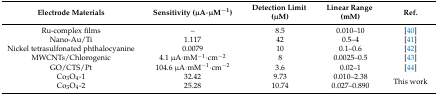
| Electrode Materials | Sensitivity (μA∙μM−1) | Detection Limit (μM) | Linear Range (mM) | Ref. |
 | --- | --- | --- | --- | --- |
 | Ru-complex films | – | 8.5 | 0.010–10 | [40] |
 | Nano-Au/Ti | 1.117 | 42 | 0.5–4 | [41] |
 | Nickel tetrasulfonated phthalocyanine | 0.0079 | 10 | 0.1–0.6 | [42] |
 | MWCNTs/Chlorogenic | 4.1 μA∙mM−1∙cm−2 | 8 | 0.0025–0.5 | [43] |
 | GO/CTS/Pt | 104.6 μA∙mM−1∙cm−2 | 3.6 | 0.02–1 | [44] |
 | Co3O4-1 | 32.42 | 9.73 | 0.010–2.38 | <ROWSPAN=2> This work |
 | Co3O4-2 | 25.28 | 10.74 | 0.027–0.890 |